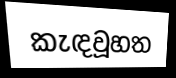
කැඳවූහත